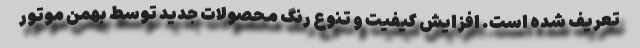
تعریف شده است. افزایش کیفیت و تنوع رنگ محصولات جدید توسط بهمن موتور